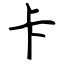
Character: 卡